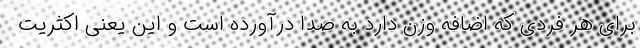
برای هر فردی که اضافه وزن دارد به صدا درآورده است و این یعنی اکثریت